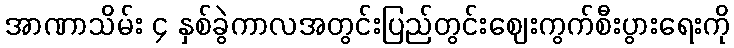
အာဏာသိမ်း ၄ နှစ်ခွဲကာလအတွင်းပြည်တွင်းဈေးကွက်စီးပွားရေးကို